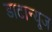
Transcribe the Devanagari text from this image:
डाटान्यूज